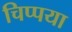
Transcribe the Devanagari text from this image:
चिप्पया